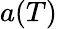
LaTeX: a(T)